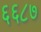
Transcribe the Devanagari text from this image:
६६८७